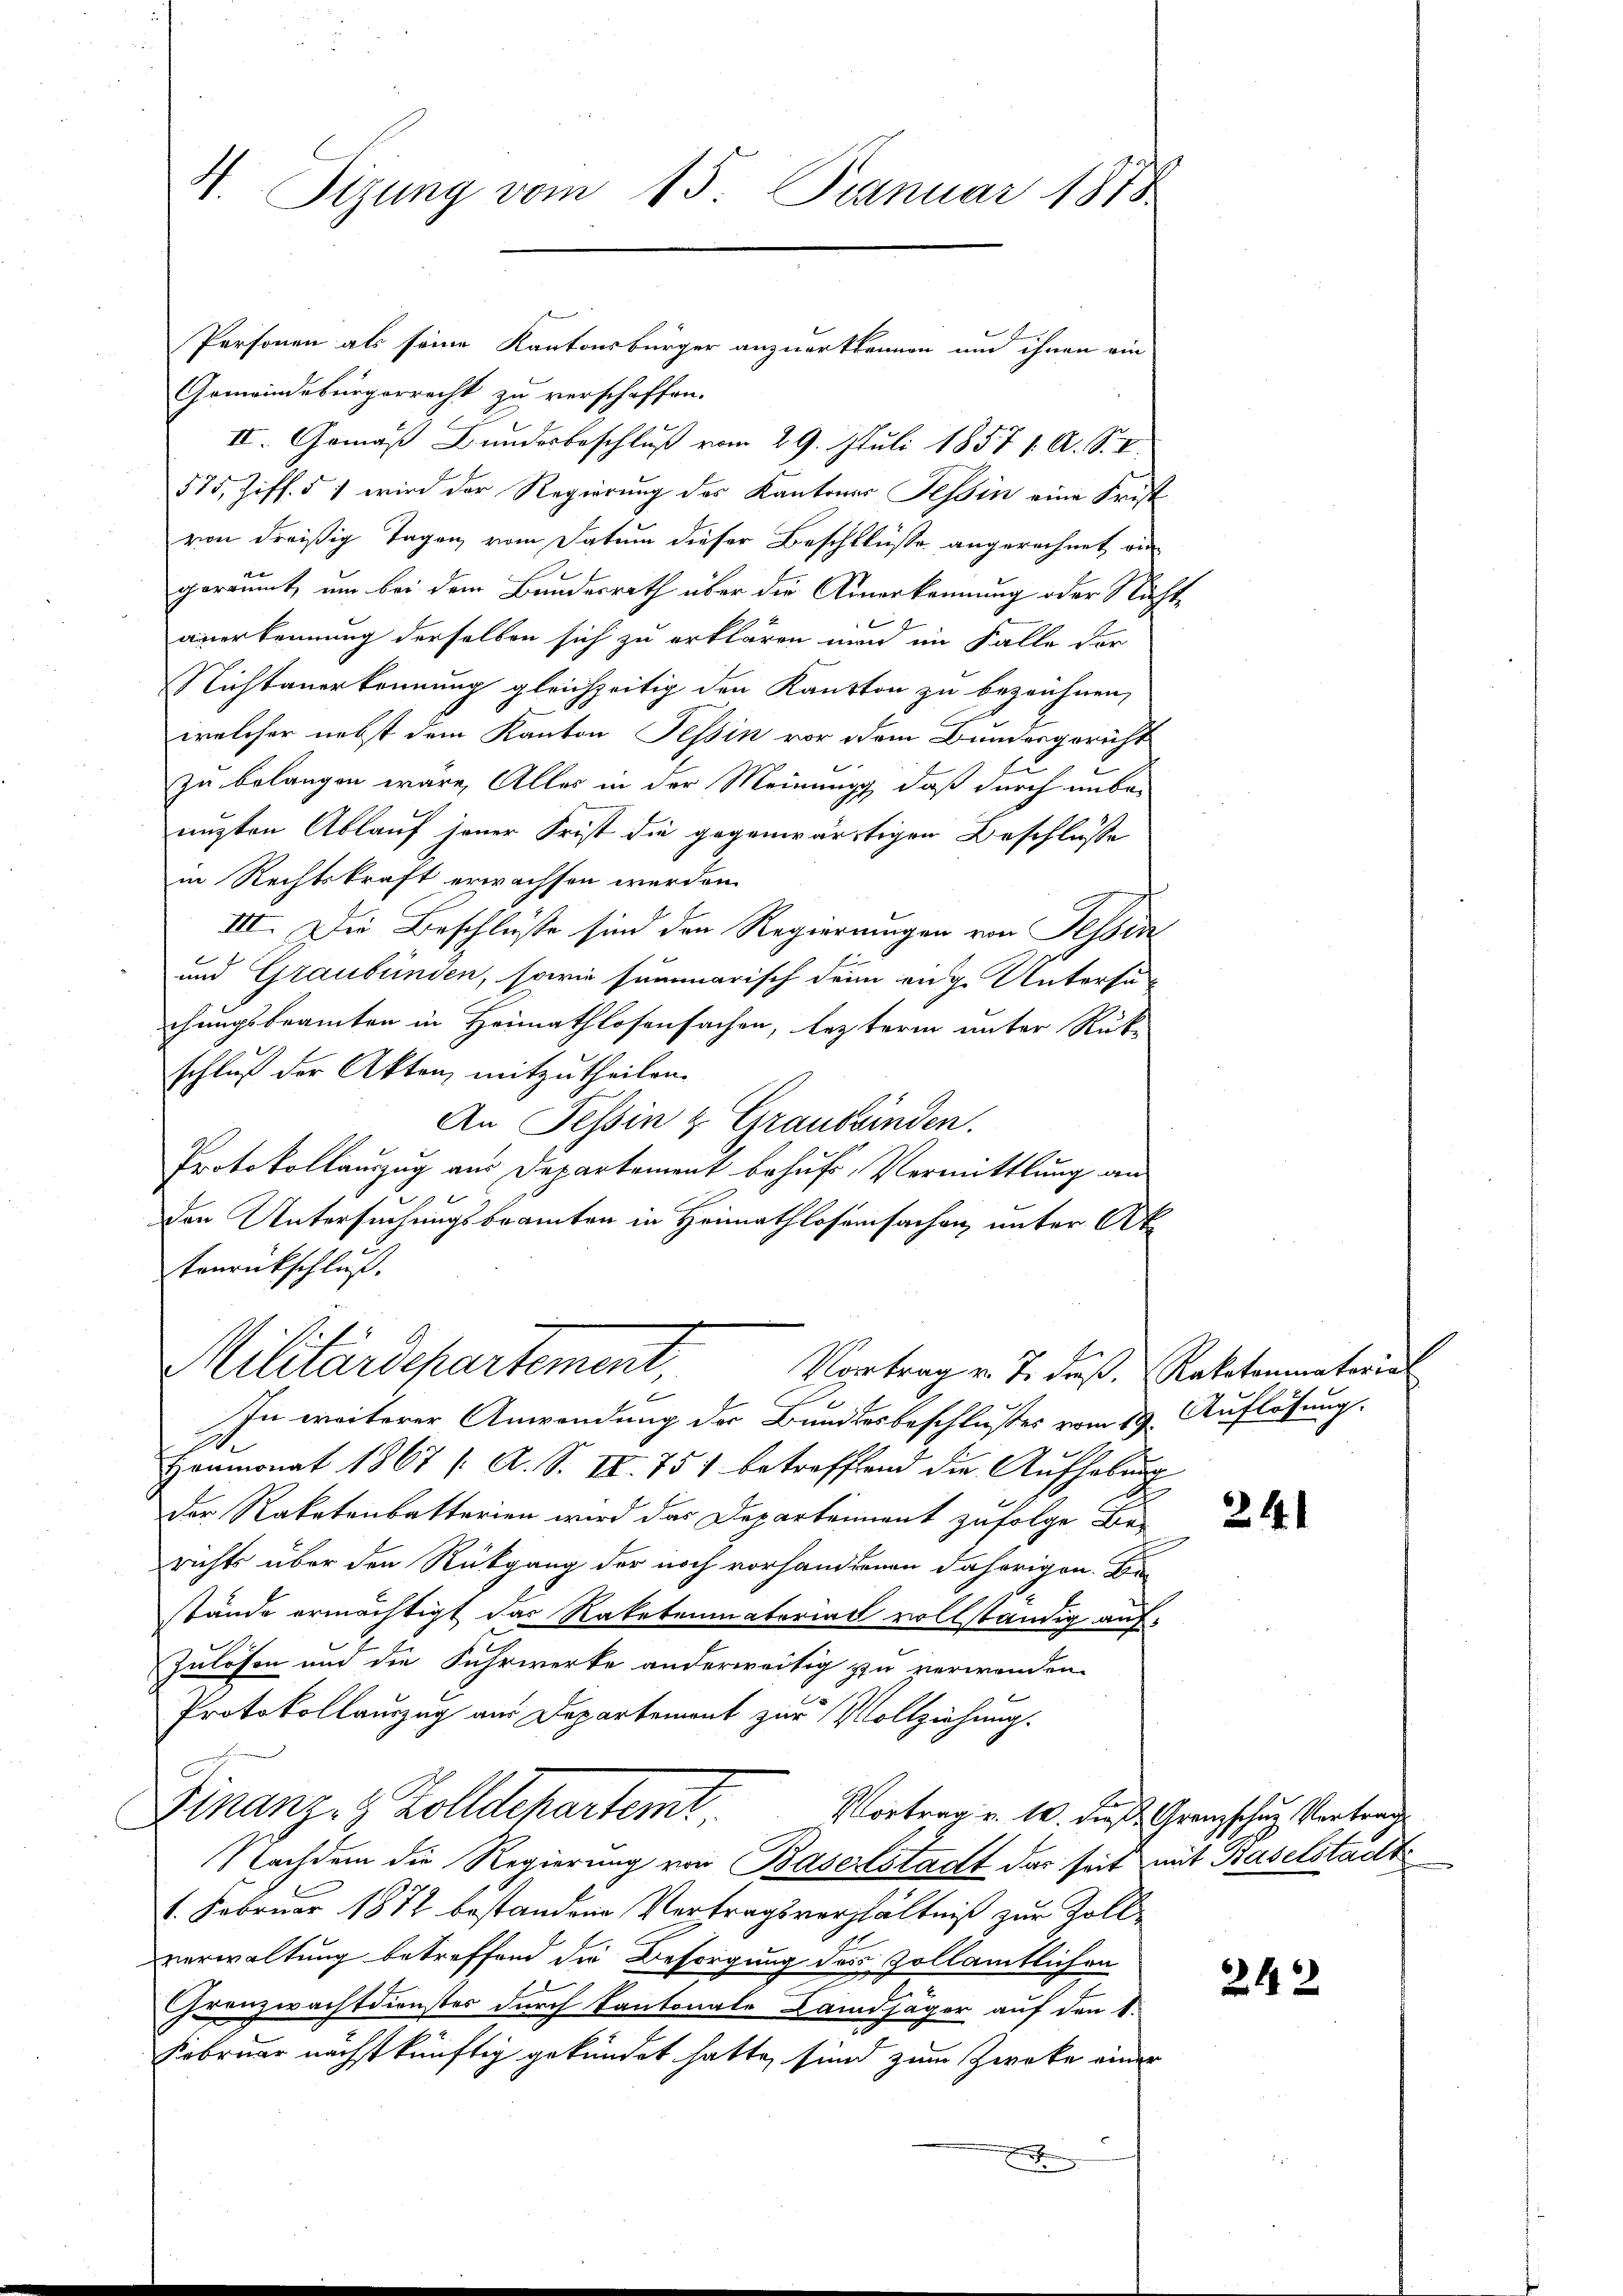
H. Sizung vom 15. Januar 1878.

Personen als seine Kantonsbürger anzuerkennen und ihnen ein
Gemeindebürgerrecht zu verschaffen.
II. Gemäß Bundesbeschluß vom 29. Juli 1857 1. A. S. V.
575, Ziff. § 1 wird der Regierung des Kantones Tessin eine Frist
von dreißig Tagen vom Datum dieser Beschlüsse angerechnet wi
geräumt, um bei dem Bundesrath über die Anerkennung oder Nüchanerkennung derselben sich zu erklären nun im Falle der
Nichtanerkennung gleichzeitig den Kanton zu bezeichnen,
welcher nebst dem Kanton Tessin vor dem Bundesgericht
zu belangen wäre, Alles in der Meinung, daß durch unbeenzten Ablauf jener Frist die gegenwärtigen Beschlüsse
in Rechtskraft erwachsen werden.
III. Die Beschlüsse sind den Regierungen von Tessin
und Graubünden, sowie summarisch denn enge Untersuchungsbeamten in Heimathlosensachen, lezterem unter Rükschluß der Akten, mitzutheilen.
An Tessin u. Grauswinden.
Protokollauszug aus Departement behuf, Vermittlung an
e
den Untersuchungsbeamten in Heimathlosemsachen, unter At
Tanrückschluß.
Militärdepartement,
Vortrag v. J. dieß, Rektoniatorial
In weiterer Anwendung der Bundesbeschlußes vom 19. Auflösung.
d
Honmonat 1867 /: A. S. II. 751 betreffend die Aufhebung
Der Rakatenbatterien wird das Departement zufolge Be-
richts über den Rückgang der noch vorhandenen daherigen. Be-
stände ermächtigt das Raketenmaterial vollständig auf-
Zulösen und die Fuhrwerke anderweitig zu verwenden.
Protokollauszug aus Departement zur Vollziehung.
Finanz- & Zolldepartemt.
Vortrag v. 10. dieß Grenzscher Vertrag
Nachdem die Regierung von Baselstadt der seit mit Baselstadt
1. Februar 1872 bestandene Vertragsverhältniß zur Zollverwaltung betreffend die Besorgung des Zollamtlichen
Grenzwachtdienstes durch Kantonale Landjäger auf den 1.
Februar nächstkünftig gekündet hatte, sind zum Zwecke einer
x

24

242